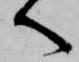
へ